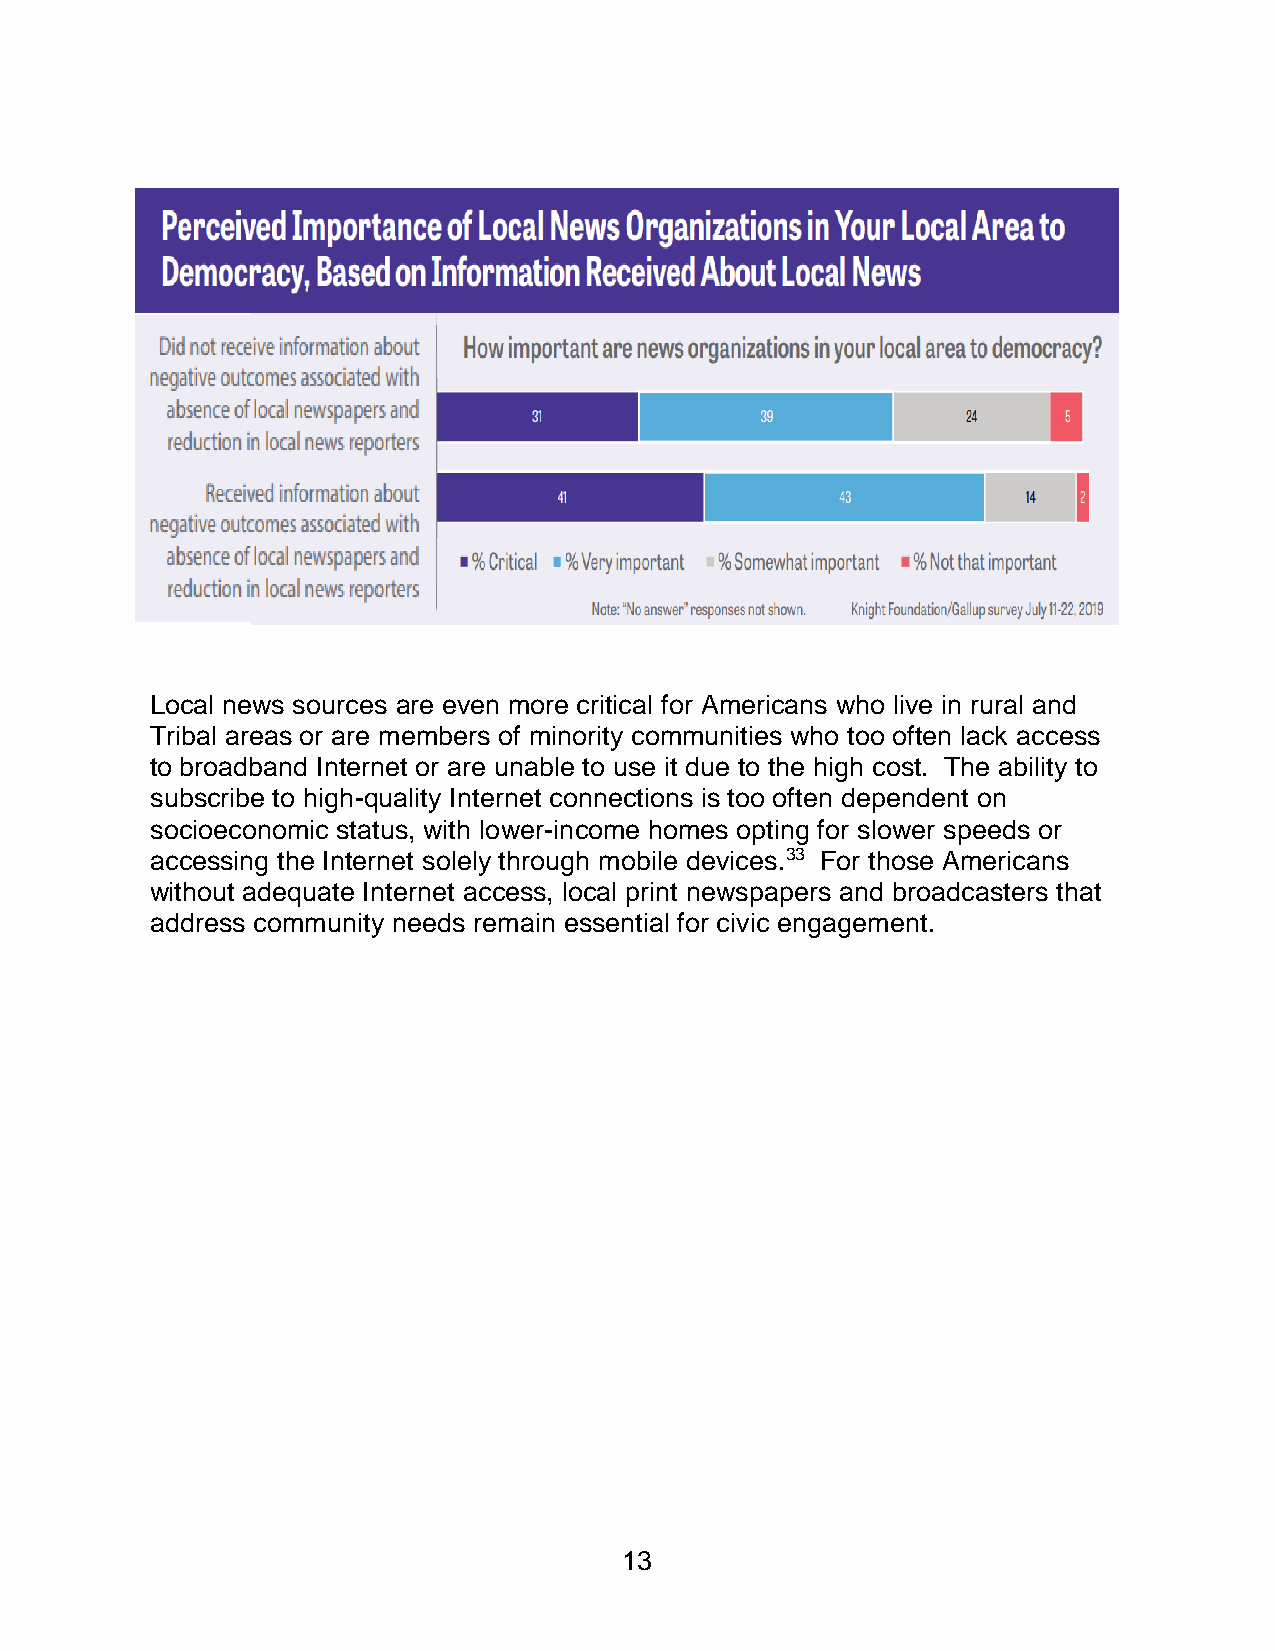
Local news sources are even more critical for Americans who live in rural and
 Tribal areas or are members of minority communities who too often lack access
 to broadband Internet or are unable to use it due to the high cost. The ability to
 subscribe to high-quality Internet connections is too often dependent on
 socioeconomic status, with lower-income homes opting for slower speeds or
 accessing the Internet solely through mobile devices.33 For those Americans
 without adequate Internet access, local print newspapers and broadcasters that
 address community needs remain essential for civic engagement.
 13